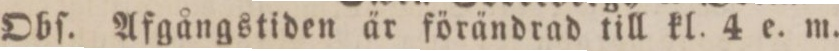
Obſ. Afgångstiden är förändrad till kl. 4 e. m.